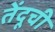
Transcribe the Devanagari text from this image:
तेंदूची